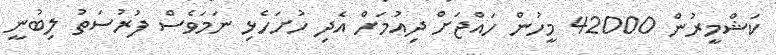
ކަޝްމީރުން 42000 މީހުން ހައްޖަށް ދިއުމަށް އެދި ހުށަހެޅި ނަމަވެސް ފުރުސަތު ލިބުނީ